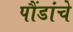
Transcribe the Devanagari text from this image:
पौंडांचे